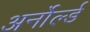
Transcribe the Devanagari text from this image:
अर्नोर्ल्ड